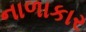
નાળાકાર